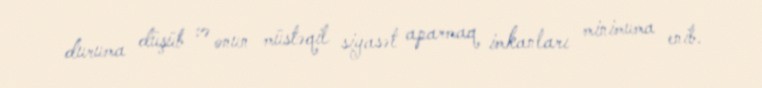
duruma düşüb və onun müstəqil siyasət aparmaq imkanları minimuma enib.